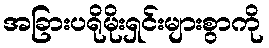
အခြားပရိုမိုးရှင်းများစွာကို